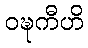
ဝဍ္ဎကီဟိ